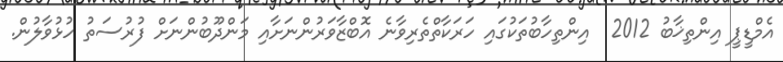
އެމްޑީޕީ އިންތިޚާބު 2012  އިންތިހާބުތަކުގައި ހަރަކާތްތެރިވާނެ އޮބްޒާވަރުންނަށާއި މަންދޫބުންނަށް ފުރުސަތު ހުޅުވާލުން.